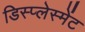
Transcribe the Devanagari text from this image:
डिस्प्लेस्मेंट